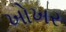
ખોખર